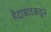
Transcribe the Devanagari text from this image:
हैद्राबादकडून